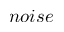
n o i s e